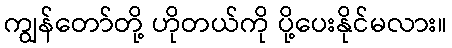
ကျွန်တော်တို့ ဟိုတယ်ကို ပို့ပေးနိုင်မလား။